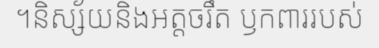
។និស្ស័យនិងអត្តចរឹត ឫកពាររបស់